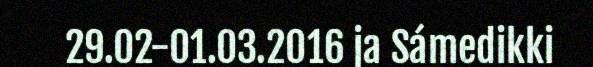
29.02-01.03.2016 ja Sámedikki